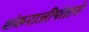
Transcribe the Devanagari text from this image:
शंकराजीपंताने